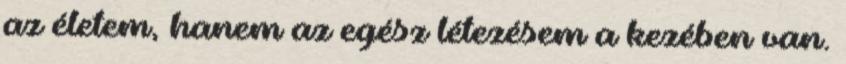
az életem, hanem az egész létezésem a kezében van.